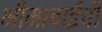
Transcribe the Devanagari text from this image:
भीमाबाईची